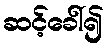
ဆင့်ခေါ်၍